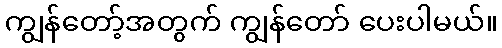
ကျွန်တော့်အတွက် ကျွန်တော် ပေးပါမယ်။